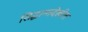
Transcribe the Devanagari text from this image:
सिद्धान्तदेखील